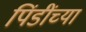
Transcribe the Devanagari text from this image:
पिंडींच्या